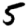
Digit: 5